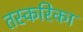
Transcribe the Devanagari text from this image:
तस्करिका